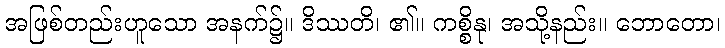
အဖြစ်တည်းဟူသော အနက်၌။ ဒိဿတိ၊ ၏။ ကစ္စိနု၊ အသို့နည်း။ ဘောတော၊